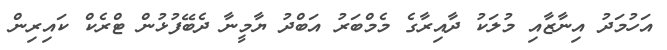
އަހުމަދު އިނާޒާއި މުލަކު ދާއިރާގެ މެމްބަރު އަބްދު ޔާމީނާ ދެބޭފުޅުން ޓްރެކް ކައިރިން